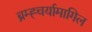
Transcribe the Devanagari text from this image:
ब्रम्ह्चर्यामागिल